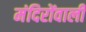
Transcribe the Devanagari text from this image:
मंदिरोंवाली